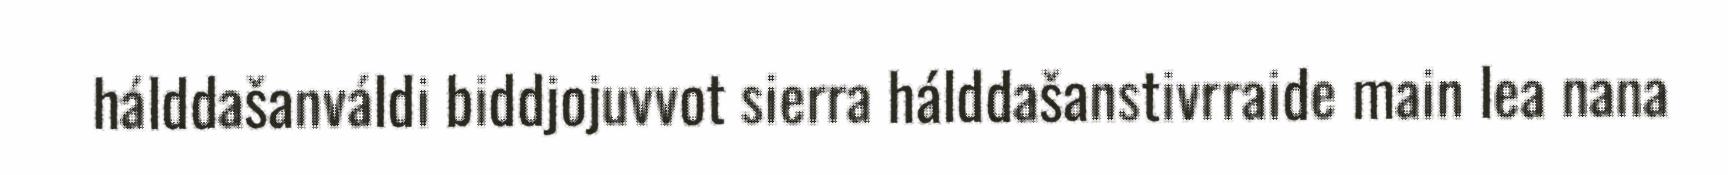
hálddašanváldi biddjojuvvot sierra hálddašanstivrraide main lea nana